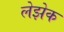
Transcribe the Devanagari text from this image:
लेझेक